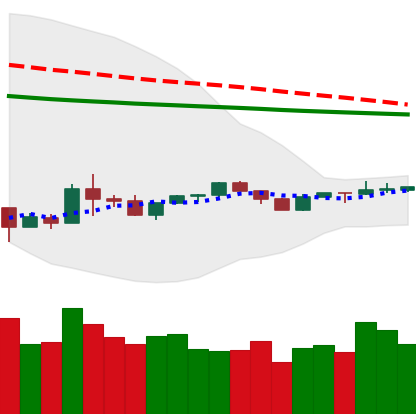
Ticker: XLM-USD
Chart end date: 2020-04-04
Forward return: 24.071%
Label: up_7plus